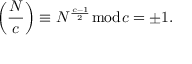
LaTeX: \left( { \frac { N } { c } } \right) \equiv N ^ { \frac { c - 1 } { 2 } } { \bmod { c } } = \pm 1 .